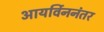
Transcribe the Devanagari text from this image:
आयर्विननंतर